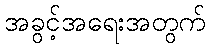
အခွင့်အရေးအတွက်